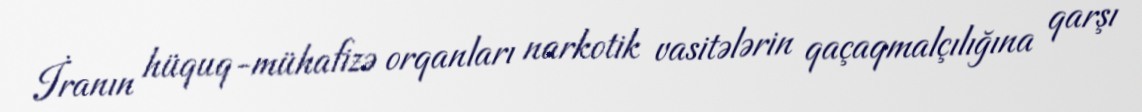
İranın hüquq-mühafizə orqanları narkotik vasitələrin qaçaqmalçılığına qarşı